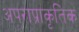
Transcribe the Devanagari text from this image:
अपराप्राकृतिक